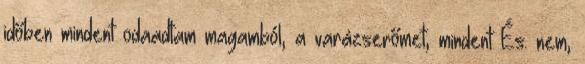
időben mindent odaadtam magamból, a varázserőmet, mindent És. nem,